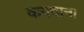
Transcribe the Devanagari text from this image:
कगदाना